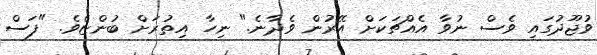
ވުޖޫދުގައި ވެސް ނުވާ އެއްޗަކަށް އޭރުން ވެދާނެ." ނިހާ އިތުރަށް ބުންޏެވެ. "ފަސް